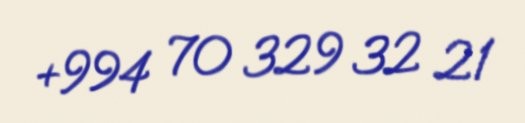
+994 70 329 32 21